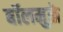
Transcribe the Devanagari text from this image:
बॉलमुळे